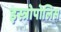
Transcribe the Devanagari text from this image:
इस्त्रोपोलिस